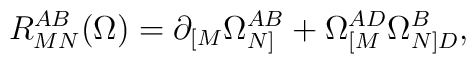
R_{MN}^{AB}(\Omega)=\partial_{[M}\Omega_{N]}^{AB}+\Omega_{[M}^{AD}\Omega_{N]D}^B,